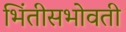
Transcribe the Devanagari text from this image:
भिंतीसभोवती